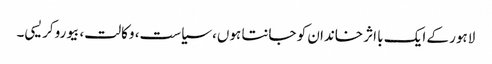
لاہور کے ایک با اثر خاندان کو جانتا ہوں، سیاست، وکالت، بیوروکریسی۔